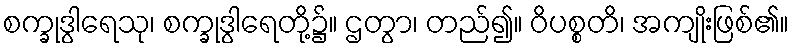
စက္ခုဒွါရေသု၊ စက္ခုဒွါရေတို့၌။ ဌတွာ၊ တည်၍။ ဝိပစ္စတိ၊ အကျိုးဖြစ်၏။